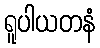
ရူပါယတနံ